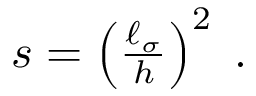
\begin{array} { r } { s = \left( \frac { \ell _ { \sigma } } { h } \right) ^ { 2 } \; . } \end{array}